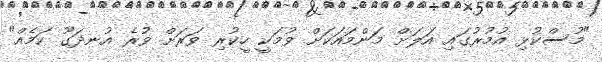
"މުސްކުޅި އުމުރުގައި އަލަށް މަންމައަކަށް ވުމަކީ ހީކުރި ވަރަށް ވުރެ އުނދަގޫ ކަމެއް"